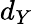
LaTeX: d_{Y}